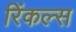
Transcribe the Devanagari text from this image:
रिंकल्स